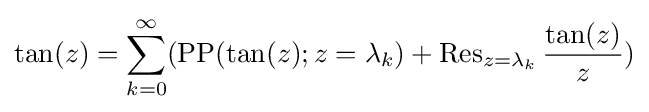
\tan(z)=\sum _{k=0}^{\infty }(\operatorname {PP} (\tan(z);z=\lambda _{k})+\operatorname {Res} _{z=\lambda _{k}}{\frac {\tan(z)}{z}})